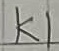
Text: K1